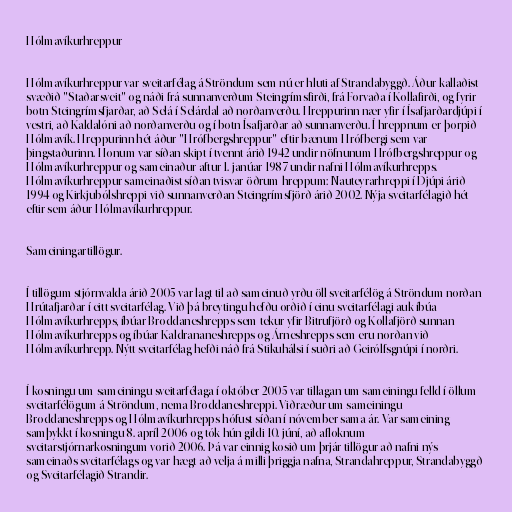
Hólmavíkurhreppur

Hólmavíkurhreppur var sveitarfélag á Ströndum sem nú er hluti af Strandabyggð. Áður kallaðist
svæðið "Staðarsveit" og náði frá sunnanverðum Steingrímsfirði, frá Forvaða í Kollafirði, og fyrir
botn Steingrímsfjarðar, að Selá í Selárdal að norðanverðu. Hreppurinn nær yfir í Ísafjarðardjúpi í
vestri, að Kaldalóni að norðanverðu og í botn Ísafjarðar að sunnanverðu. Í hreppnum er þorpið
Hólmavík. Hreppurinn hét áður "Hrófbergshreppur" eftir bænum Hrófbergi sem var
þingstaðurinn. Honum var síðan skipt í tvennt árið 1942 undir nöfnunum Hrófbergshreppur og
Hólmavíkurhreppur og sameinaður aftur 1. janúar 1987 undir nafni Hólmavíkurhrepps.
Hólmavíkurhreppur sameinaðist síðan tvisvar öðrum hreppum: Nauteyrarhreppi í Djúpi árið
1994 og Kirkjubólshreppi við sunnanverðan Steingrímsfjörð árið 2002. Nýja sveitarfélagið hét
eftir sem áður Hólmavíkurhreppur.

Sameiningartillögur.

Í tillögum stjórnvalda árið 2005 var lagt til að sameinuð yrðu öll sveitarfélög á Ströndum norðan
Hrútafjarðar í eitt sveitarfélag. Við þá breytingu hefðu orðið í einu sveitarfélagi auk íbúa
Hólmavíkurhrepps, íbúar Broddaneshrepps sem tekur yfir Bitrufjörð og Kollafjörð sunnan
Hólmavíkurhrepps og íbúar Kaldrananeshrepps og Árneshrepps sem eru norðan við
Hólmavíkurhrepp. Nýtt sveitarfélag hefði náð frá Stikuhálsi í suðri að Geirólfsgnúpi í norðri.

Í kosningu um sameiningu sveitarfélaga í október 2005 var tillagan um sameiningu felld í öllum
sveitarfélögum á Ströndum, nema Broddaneshreppi. Viðræður um sameiningu
Broddaneshrepps og Hólmavíkurhrepps hófust síðan í nóvember sama ár. Var sameining
samþykkt í kosningu 8. apríl 2006 og tók hún gildi 10. júní, að afloknum
sveitarstjórnarkosningum vorið 2006. Þá var einnig kosið um þrjár tillögur að nafni nýs
sameinaðs sveitarfélags og var hægt að velja á milli þriggja nafna, Strandahreppur, Strandabyggð
og Sveitarfélagið Strandir.